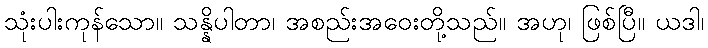
သုံးပါးကုန်သော။ သန္နိပါတာ၊ အစည်းအဝေးတို့သည်။ အဟု၊ ဖြစ်ပြီ။ ယဒါ၊